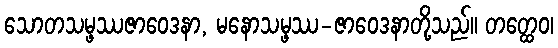
သောတသမ္ဖဿဇာဝေဒနာ, မနောသမ္ဖဿ-ဇာဝေဒနာတို့သည်။ တတ္ထေဝ၊